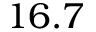
1 6 . 7